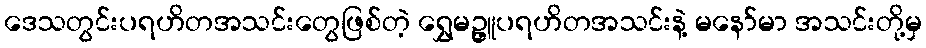
ဒေသတွင်းပရဟိတအသင်းတွေဖြစ်တဲ့ ရွှေမဥ္ဇူပရဟိတအသင်းနဲ့ မနော်မာ အသင်းတို့မှ